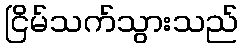
ငြိမ်သက်သွားသည်